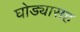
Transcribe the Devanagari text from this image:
घोड्यासह